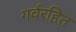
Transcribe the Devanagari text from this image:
गर्वरहित